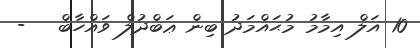
10 އަލް އިމާމު މުޙައްމަދު ބިން ޢަބްދުލް ވައްހާބް   -